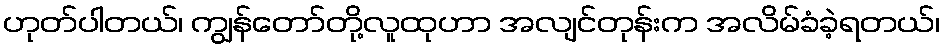
ဟုတ်ပါတယ်၊ ကျွန်တော်တို့လူထုဟာ အလျင်တုန်းက အလိမ်ခံခဲ့ရတယ်၊